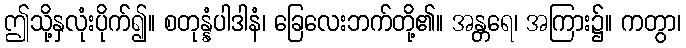
ဤသို့နှလုံးပိုက်၍။ စတုန္နံပါဒါနံ၊ ခြေလေးဘက်တို့၏။ အန္တရေ၊ အကြား၌။ ကတွာ၊